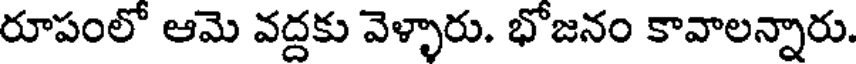
రూపంలో ఆమె వద్దకు వెళ్ళారు. భోజనం కావాలన్నారు.